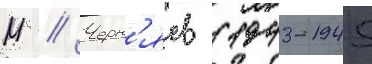
М // Черн'яев (1943-1945